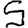
Digit: 5